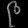
Digit: ၉